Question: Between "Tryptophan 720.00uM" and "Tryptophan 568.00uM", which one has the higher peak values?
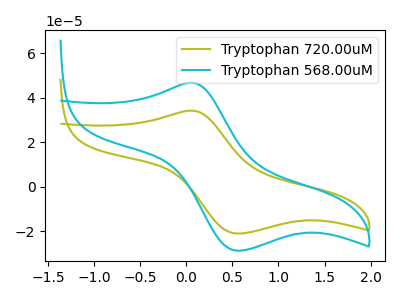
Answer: <think>The olive curve "Tryptophan 720.00uM" has an anodic peak at (0.05V, 34.15uA) and a cathodic peak at (0.55V, -21.05uA). The cyan curve "Tryptophan 568.00uM" has an anodic peak at (0.05V, 46.70uA) and a cathodic peak at (0.55V, -28.75uA).</think>
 <answer>Every peak in "Tryptophan 720.00uM" is lower than every peak in "Tryptophan 568.00uM".</answer>
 <eval>lower</eval>